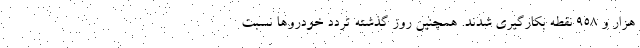
هزار و ۹۵۸ نقطه بکارگیری شدند. همچنین روز گذشته تردد خودروها نسبت